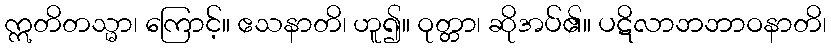
ဣတိတသ္မာ၊ ကြောင့်။ ဧသနာတိ၊ ဟူ၍။ ဝုတ္တာ၊ ဆိုအပ်၏။ ပဋိလာဘဘာဝနာတိ၊